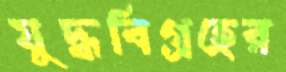
যুদ্ধবিগ্রহের